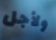
ولأجل